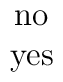
\begin{array}{c} \mbox{no} \\ \mbox{yes} \end{array}